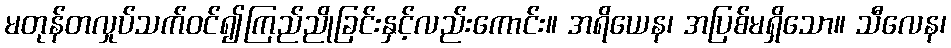
မတုန်တလှုပ်သက်ဝင်၍ကြည်ညိုခြင်းနှင့်လည်းကောင်း။ အရိယေန၊ အပြစ်မရှိသော။ သီလေန၊